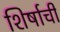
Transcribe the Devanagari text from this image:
शिर्षाची